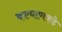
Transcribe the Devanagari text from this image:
कल्याणकडे